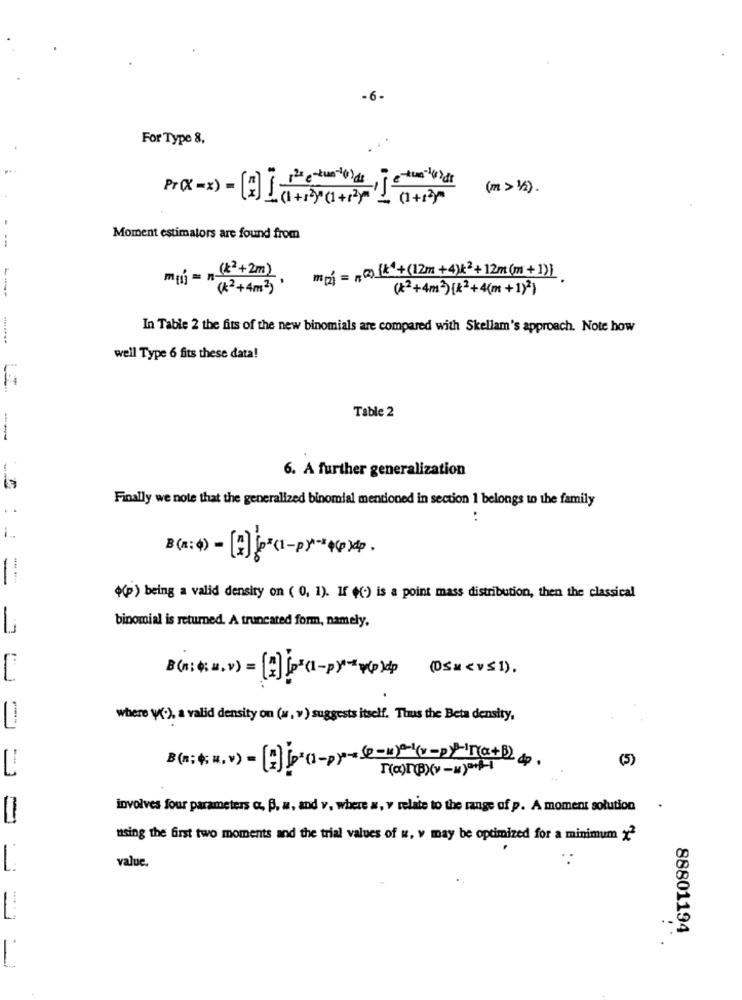
-6 -
For Type 8,
Pr(x=x) = [2] (etwa-wids, jetu-4)der
(m > 1/2) .
--
Moment estimators are found from
muj = " (&2 +2m)
moni = no) (*+(12m +4)k2+12m (m +1)
----
(k2 +4m2)'
(x2+4m=) [k2+4(m +1})
In Table 2 the fits of the new binomials are compared with Skellam's approach. Note how
well Type 6 fits these data!
Table 2
--
6. A further generalization
Finally we note that the generalized binomial mentioned in section 1 belongs to the family
. .
(p) being a valid density on ( 0, 1). If ((.) is a point mass distribution, then the classical
binomial is returned. A truncated form, namely.
B ::. v)=(2)[(1-p ***** ) (05><v51),
where (.), a valid density on (w, v ) suggests itself. Thus the Beta density,
(5)
Погру» -и)+
involves four parameters o. B. a, and v, where », y relate to the range of p. A moment solution
.
using the first two moments and the trial values of w, v may be optimized for a minimum x2
value.
88801194